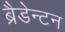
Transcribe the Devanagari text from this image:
ब्रैडेन्टन